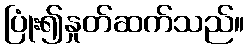
ပြုံး၍နှုတ်ဆက်သည်။